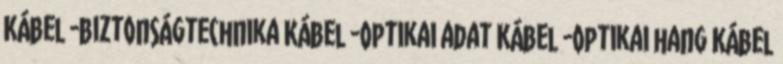
Kábel -biztonságtechnika Kábel -Optikai adat Kábel -Optikai hang Kábel